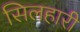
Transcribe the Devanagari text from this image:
सिलहारी